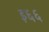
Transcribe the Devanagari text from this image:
इ६६